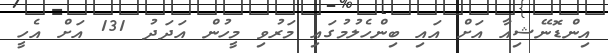
އިންޑޮނޭޝިއާ އަށް އައި ބިންހެލުމުގައި މަރުވި މީހުން އަދަދު 131 އަށް އެހީ